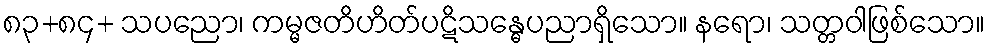
၈၃+၈၄+ သပညော၊ ကမ္မဇတိဟိတ်ပဋိသန္ဓေပညာရှိသော။ နရော၊ သတ္တဝါဖြစ်သော။